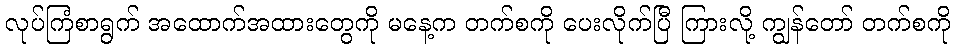
လုပ်ကြံစာရွက် အထောက်အထားတွေကို မနေ့က တက်စကို ပေးလိုက်ပြီ ကြားလို့ ကျွန်တော် တက်စကို